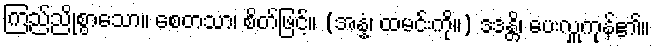
ကြည်ညိုစွာသော။ စေတသာ၊ စိတ်ဖြင့်။ (အန္နံ၊ ထမင်းကို။) ဒဒန္တိ၊ ပေးလှူကုန်၏။